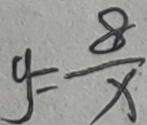
y = \frac { 8 } { x }